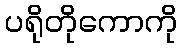
ပရိုတိုကောကို